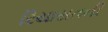
રિયાસતની